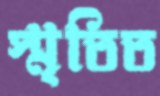
স্মৃতিত